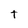
Character: t